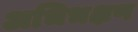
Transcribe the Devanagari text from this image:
अभिभक्षण